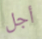
أجل